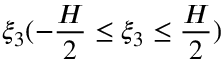
\xi _ { 3 } ( - \frac { H } { 2 } \leq \xi _ { 3 } \leq \frac { H } { 2 } )